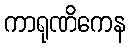
ကာရုဏိကေန